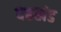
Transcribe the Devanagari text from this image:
देहखंड